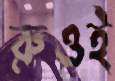
রুওই